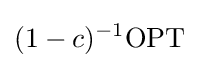
(1-c)^{-1}\mathrm {OPT}